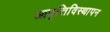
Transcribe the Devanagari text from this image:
आवृत्तिविस्थापन